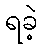
ရခဲ့